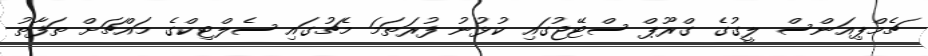
ޗެމްޕިއަންސް ލީގުގެ ގްރޫޕް ސްޓޭޖުގައި ކުޅުނު ފުރަތަމަ މެޗުގައި ސެލްޓިކްގެ މައްޗަށް ތަފާތު